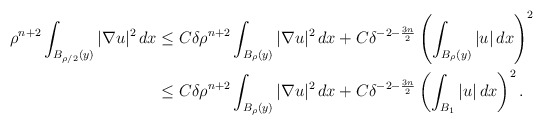
\begin{align*}\rho^{n+2}\int_{B_{\rho/2}(y)}|\nabla u|^2\,dx&\leq C\delta \rho^{n+2}\int_{B_{\rho}(y)}|\nabla u|^2\,dx+ C\delta^{-2-\frac{3n}{2}}\left(\int_{B_{\rho}(y)}|u|\,dx\right)^2\\& \leq C \delta \rho^{n+2}\int_{B_{\rho}(y)}|\nabla u|^2\,dx+C\delta^{-2-\frac{3n}{2}}\left(\int_{B_{1}}|u|\,dx \right)^2.\end{align*}